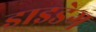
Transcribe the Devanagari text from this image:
ड्राइडेग